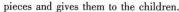
picces and gives them to the children。